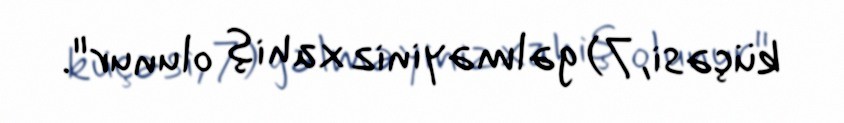
küçəsi, 7) gəlməyiniz xahiş olunur".